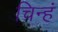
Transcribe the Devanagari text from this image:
चिन्हं